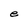
Character: e